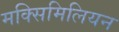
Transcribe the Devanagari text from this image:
मक्सिमिलियन